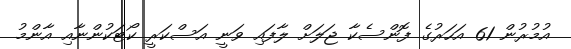
އުމުރުން 61 އަހަރުގެ ފޮންސެކާ ޖަލަށް ލާފައި ވަނީ އަސްކަރީ ކޯޓަކުންނާއި އާންމު